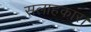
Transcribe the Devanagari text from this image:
सलाहकार।